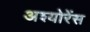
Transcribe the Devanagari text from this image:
अश्योरेंस